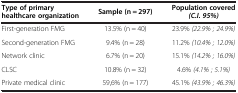
<table><thead><tr><td><b>Type of primary healthcare organization</b></td><td><b>Sample (n = 297)</b></td><td><b>Population covered<i>(C.I. 95%)</i></b></td></tr></thead><tbody><tr><td>First-generation FMG</td><td>13.5% (n = 40)</td><td>23.9% <i>(22.9% ; 24.9%)</i></td></tr><tr><td>Second-generation FMG</td><td>9.4% (n = 28)</td><td>11.2% <i>(10.4% ; 12.0%)</i></td></tr><tr><td>Network clinic</td><td>6.7% (n = 20)</td><td>15.1% <i>(14.2% ; 16.0%)</i></td></tr><tr><td>CLSC</td><td>10.8% (n = 32)</td><td>4.6% <i>(4.1% ; 5.1%)</i></td></tr><tr><td>Private medical clinic</td><td>59,6% (n = 177)</td><td>45.1% <i>(43.9% ; 46.3%)</i></td></tr></tbody></table>